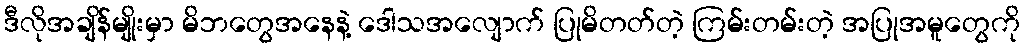
ဒီလိုအချိန်မျိုးမှာ မိဘတွေအနေနဲ့ ဒေါသအလျောက် ပြုမိတတ်တဲ့ ကြမ်းတမ်းတဲ့ အပြုအမူတွေကို